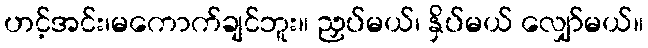
ဟင့်အင်း၊မကောက်ချင်ဘူး။ ညှပ်မယ်၊ နှိပ်မယ် လျှော်မယ်။